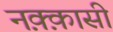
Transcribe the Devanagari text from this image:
नक़्क़ासी